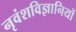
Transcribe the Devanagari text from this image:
नृवंशविज्ञानियों